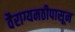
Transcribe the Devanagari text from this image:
वैराग्यमठीपासून